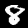
Digit: 8